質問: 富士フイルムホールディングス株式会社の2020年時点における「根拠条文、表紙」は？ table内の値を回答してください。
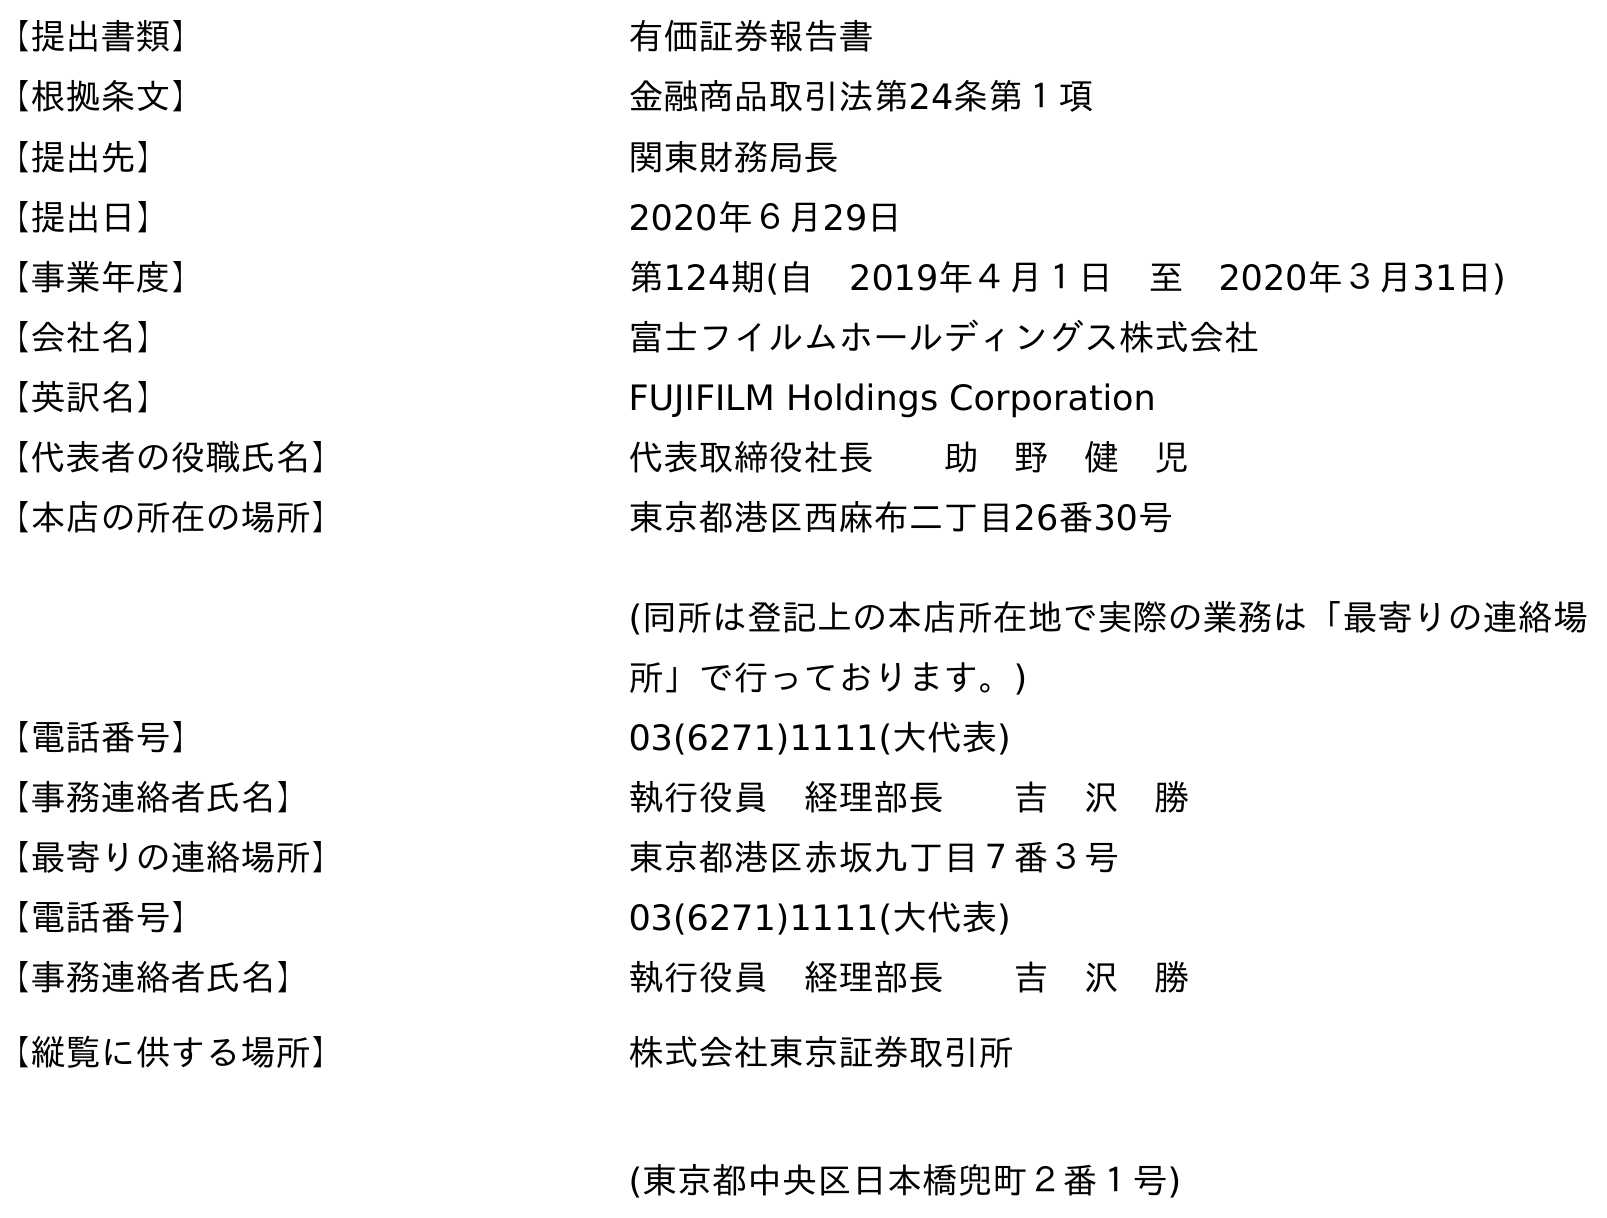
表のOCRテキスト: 【提出書類】 有価証券報告書 【根拠条文】 金融商品取引法第24条第１項 【提出先】 関東財務局長 【提出日】 2020年６月29日 【事業年度】 第124期(自 2019年４月１日 至 2020年３月31日) 【会社名】 富士フイルムホールディングス株式会社 【英訳名】 FUJIFILM Holdings Corporation 【代表者の役職氏名】 代表取締役社長  助 野 健 児 【本店の所在の場所】 東京都港区西麻布二丁目26番30号 (同所は登記上の本店所在地で実際の業務は「最寄りの連絡場 所」で行っております。) 【電話番号】 03(6271)1111(大代表) 【事務連絡者氏名】 執行役員 経理部長  吉 沢 勝 【最寄りの連絡場所】 東京都港区赤坂九丁目７番３号 【電話番号】 03(6271)1111(大代表) 【事務連絡者氏名】 執行役員 経理部長  吉 沢 勝 【縦覧に供する場所】 株式会社東京証券取引所 (東京都中央区日本橋兜町２番１号)
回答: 金融商品取引法第24条第１項